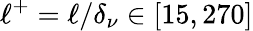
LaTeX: \ell^{+}=\ell/\delta_{\nu}\in[15,270]